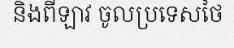
និងពីឡាវ ចូលប្រទេសថៃ